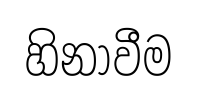
හිනාවීම